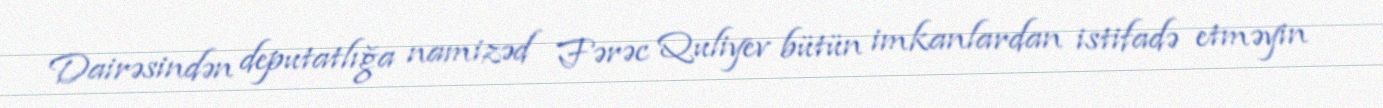
Dairəsindən deputatlığa namizəd Fərəc Quliyev bütün imkanlardan istifadə etməyin